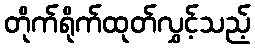
တိုက်ရိုက်ထုတ်လွှင့်သည့်